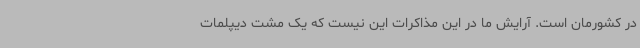
در کشورمان است. آرایش ما در این مذاکرات این نیست که یک مشت دیپلمات